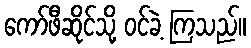
ကော်ဖီဆိုင်သို့ ဝင်ခဲ့ ကြသည်။